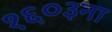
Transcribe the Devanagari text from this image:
१६०३ना